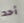
أحد